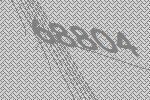
68804